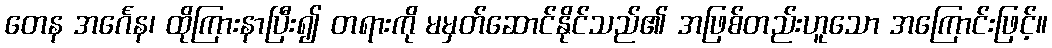
တေန အင်္ဂေန၊ ထိုကြားနာပြီး၍ တရားကို မမှတ်ဆောင်နိုင်သည်၏ အဖြစ်တည်းဟူသော အကြောင်းဖြင့်။